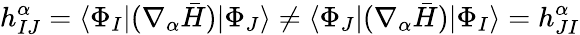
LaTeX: h_{IJ}^{\alpha}=\langle\Phi_{I}|(\nabla_{\alpha}\bar{H})|\Phi_{J}\rangle\neq\langle\Phi_{J}|(\nabla_{\alpha}\bar{H})|\Phi_{I}\rangle=h_{JI}^{\alpha}